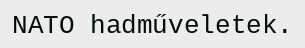
NATO hadműveletek.